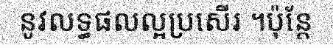
នូវលទ្ធផលល្អប្រសើរ ។ប៉ុន្តែ